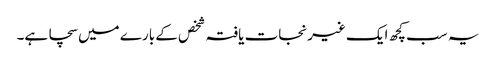
یہ سب کچھ ایک غیرنجات یافتہ شخص کے بارے میں سچا ہے۔